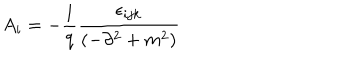
A _ { i } = - \frac { 1 } { q } \frac { \epsilon _ { i j k } } { \left( - \partial ^ { 2 } + m ^ { 2 } \right) }